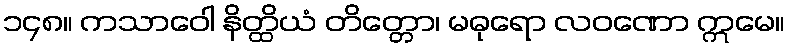
၁၄၈။ ကသာဝေါ နိတ္ထိယံ တိတ္တော၊ မဓုရော လဝဏော ဣမေ။